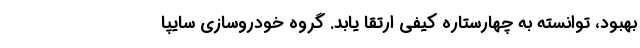
بهبود، توانسته به چهارستاره كيفي ارتقا يابد. گروه خودروسازي سايپا